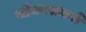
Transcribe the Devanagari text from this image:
भोजनसमयी